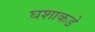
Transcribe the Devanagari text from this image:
घशाकडे